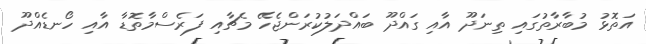
އަތޮޅު މުބާރާތުގައި ތިނަދޫ އާއި ގައްދޫ ބައްދަލުކުރަންޖެހޭ މެޗާއި ފަރެސްމާތޮޑާ އާއި ހޯނޑެއްދޫ